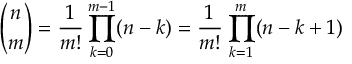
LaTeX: { \binom { n } { m } } = { \frac { 1 } { m ! } } \prod _ { k = 0 } ^ { m - 1 } ( n - k ) = { \frac { 1 } { m ! } } \prod _ { k = 1 } ^ { m } ( n - k + 1 )